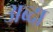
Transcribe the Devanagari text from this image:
अब्दा